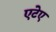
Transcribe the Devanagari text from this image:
एटेए